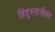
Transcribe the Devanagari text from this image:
हिंदुस्तानीवर